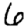
Digit: 6